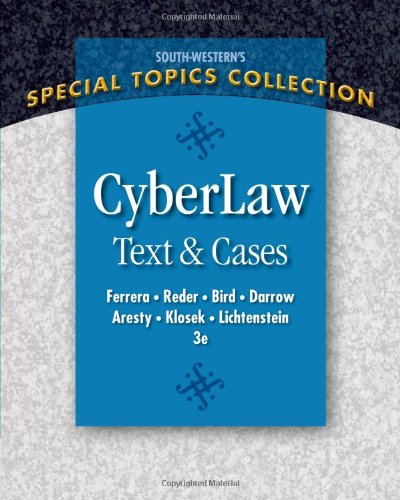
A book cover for CyberLaw: Text and Cases; Gerald R. Ferrera; Computers & Technology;